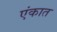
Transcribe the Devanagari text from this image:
एंकात